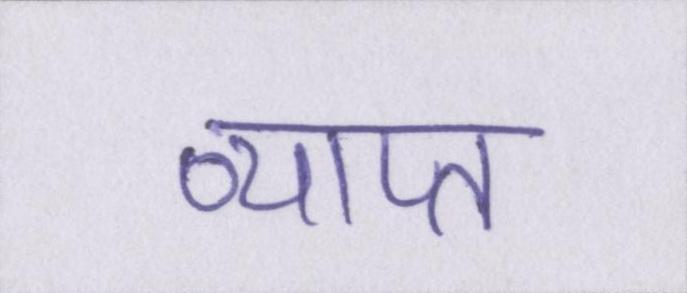
व्याप्त